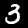
Label: 3